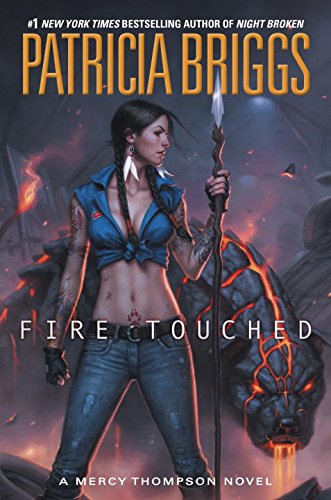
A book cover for Fire Touched: A Mercy Thompson Novel; Patricia Briggs; Science Fiction & Fantasy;